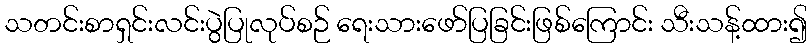
သတင်းစာရှင်းလင်းပွဲပြုလုပ်စဉ် ရေးသားဖော်ပြခြင်းဖြစ်ကြောင်း သီးသန့်ထား၍